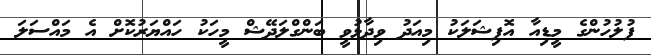
ފުލުހުންގެ މީޑިއާ އޮފިޝަލަކު މިއަދު ވިދާޅުވީ ބަންގްލަދޭޝް މީހަކު ހައްޔަރުކޮށް އެ މައްސަލަ